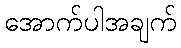
အောက်ပါအချက်